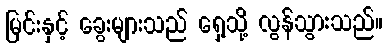
မြင်းနှင့် ခွေးများသည် ရှေ့သို့ လွန်သွားသည်။